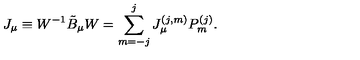
J _ { \mu } \equiv W ^ { - 1 } \tilde { B } _ { \mu } W = \sum _ { m = - j } ^ { j } J _ { \mu } ^ { ( j , m ) } P _ { m } ^ { ( j ) } .